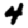
Digit: 4